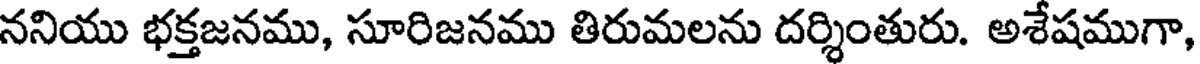
ననియు భక్తజనము, సూరిజనము తిరుమలను దర్శింతురు. అశేషముగా,